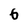
Character: 6